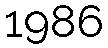
1986